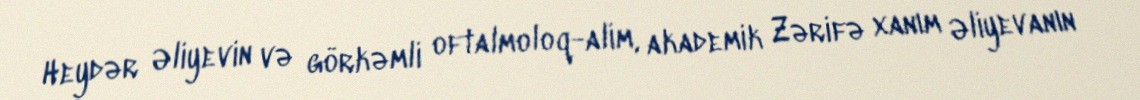
Heydər Əliyevin və görkəmli oftalmoloq-alim, akademik Zərifə xanım Əliyevanın